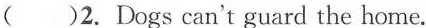
()2.Dogs can't guard the home.